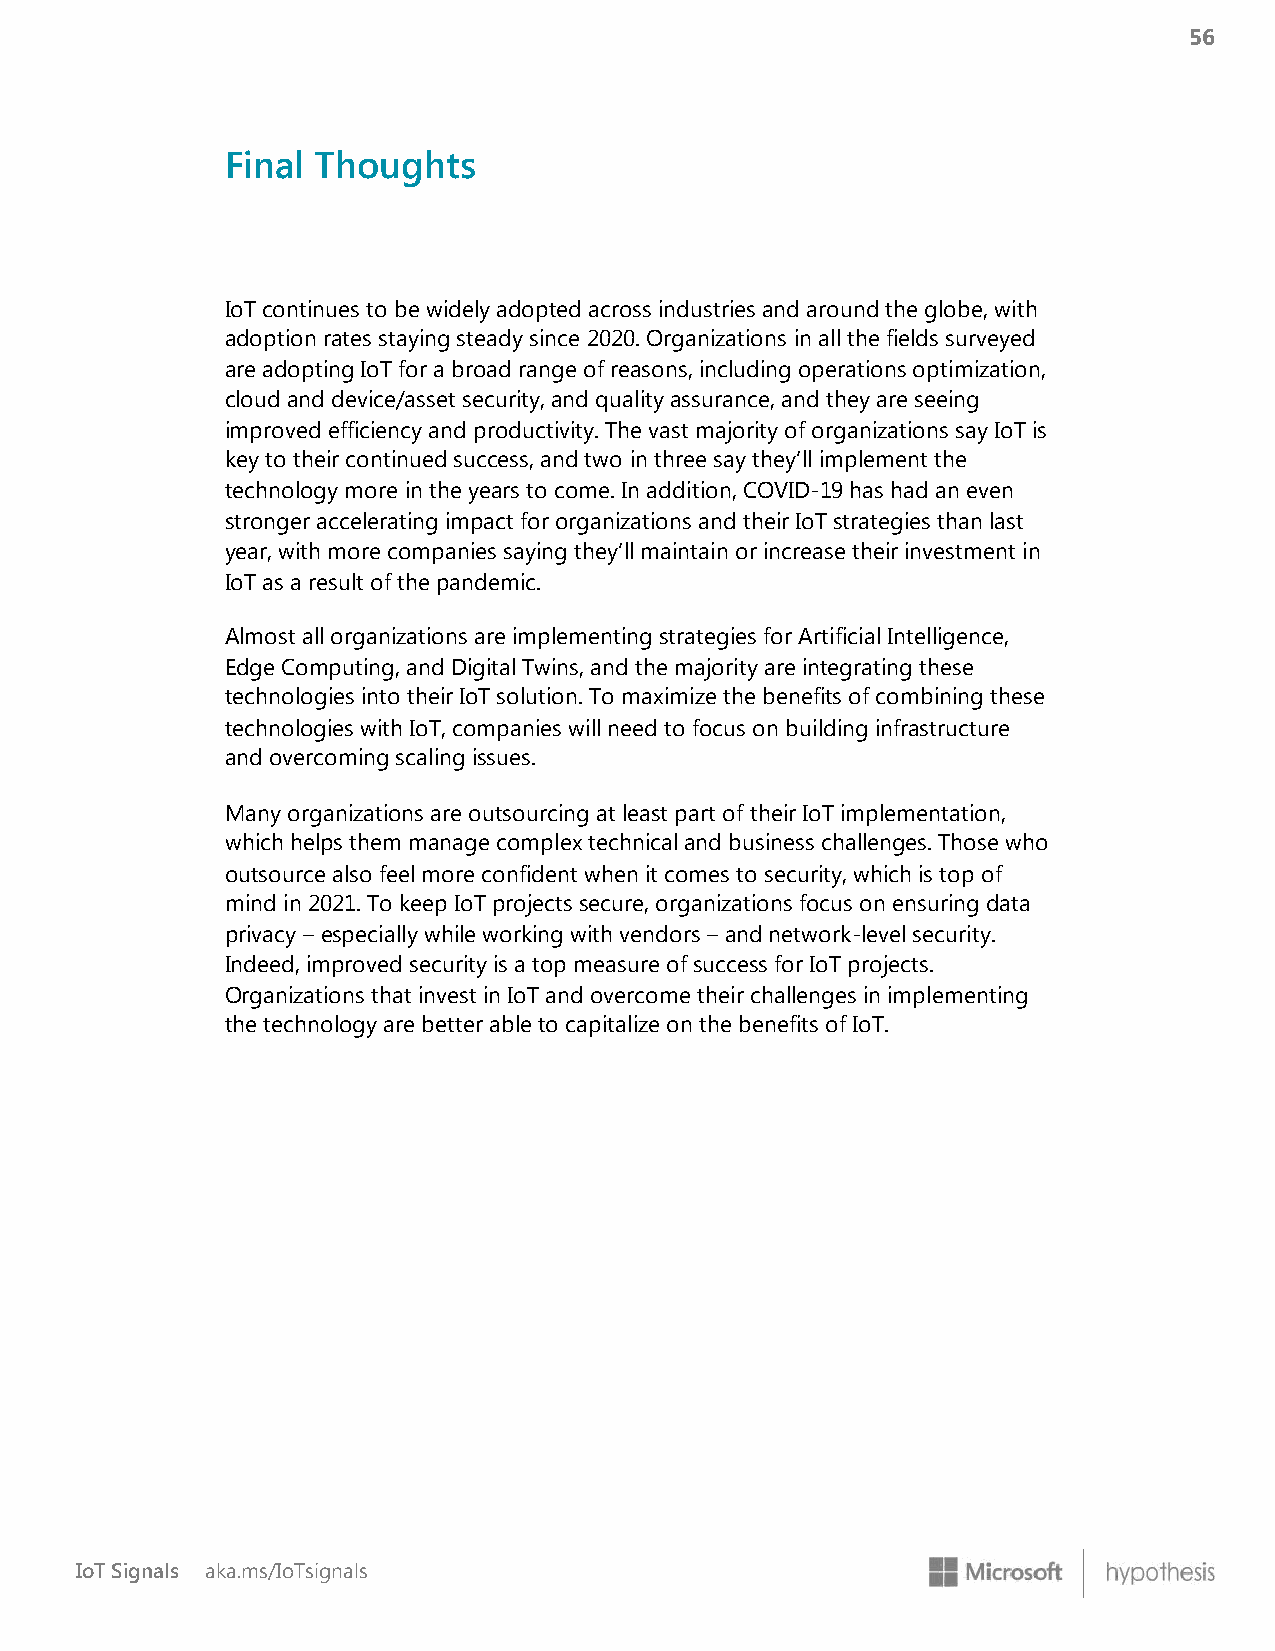
56
 Final Thoughts
 IoT continues to be widely adopted across industries and around the globe, with
 adoption rates staying steady since 2020. Organizations in all the fields surveyed
 are adopting IoT for a broad range of reasons, including operations optimization,
 cloud and device/asset security, and quality assurance, and they are seeing
 improved efficiency and productivity. The vast majority of organizations say IoT is
 key to their continued success, and two in three say they’ll implement the
 technology more in the years to come. In addition, COVID-19 has had an even
 stronger accelerating impact for organizations and their IoT strategies than last
 year, with more companies saying they’ll maintain or increase their investment in
 IoT as a result of the pandemic.
 Almost all organizations are implementing strategies for Artificial Intelligence,
 Edge Computing, and Digital Twins, and the majority are integrating these
 technologies into their IoT solution. To maximize the benefits of combining these
 technologies with IoT, companies will need to focus on building infrastructure
 and overcoming scaling issues.
 Many organizations are outsourcing at least part of their IoT implementation,
 which helps them manage complex technical and business challenges. Those who
 outsource also feel more confident when it comes to security, which is top of
 mind in 2021. To keep IoT projects secure, organizations focus on ensuring data
 privacy – especially while working with vendors – and network-level security.
 Indeed, improved security is a top measure of success for IoT projects.
 Organizations that invest in IoT and overcome their challenges in implementing
 the technology are better able to capitalize on the benefits of IoT.
 IoT Signals aka.ms/IoTsignals